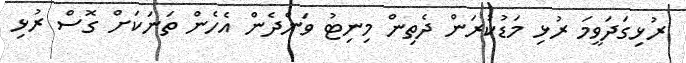
ރުޅިގަދަވީމަ ރުޅި މަޑުކުރަން ދެތިން މިނިޓު ވަންދެން އެހެން ތަނަކަށް ގޮސް ރުޅި